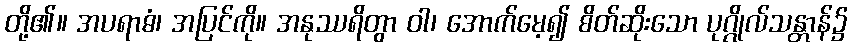
တို့၏။ အပရာဓံ၊ အပြင်ကို။ အနုဿရိတွာ ဝါ၊ အောက်မေ့၍ စိတ်ဆိုးသော ပုဂ္ဂိုလ်သန္တာန်၌